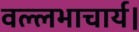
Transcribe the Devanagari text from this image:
वल्लभाचार्य।